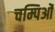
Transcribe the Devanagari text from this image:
चम्पिओं